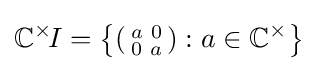
\mathbb {C} ^{\times }\!I=\left\{\left({\begin{smallmatrix}a&0\\0&a\end{smallmatrix}}\right):a\in \mathbb {C} ^{\times }\right\}